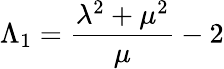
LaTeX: \Lambda_{1}=\frac{\lambda^{2}+\mu^{2}}{\mu}-2